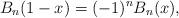
LaTeX: \begin{align*}B_n (1 - x) = ( - 1)^n B_n (x),\end{align*}